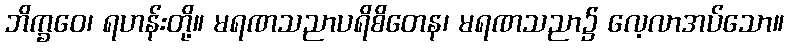
ဘိက္ခဝေ၊ ရဟန်းတို့။ မရဏသညာပရိစိတေန၊ မရဏသညာ၌ လေ့လာအပ်သော။